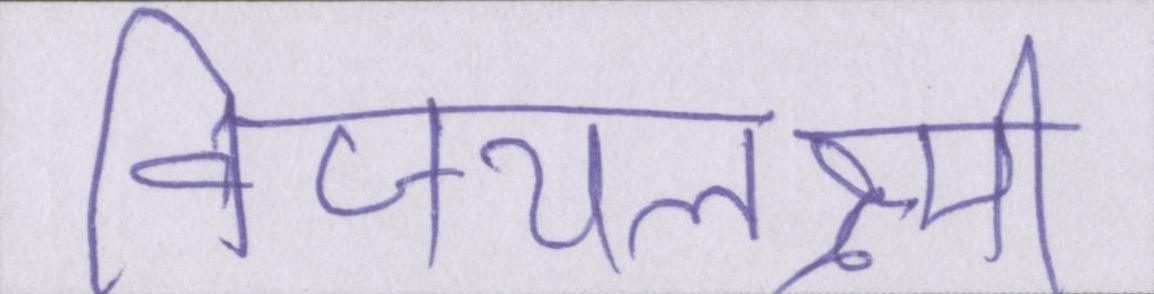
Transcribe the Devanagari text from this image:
विजयलक्ष्मी